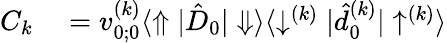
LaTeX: \begin{array}{rl}{C_{k}}&{{}=v_{0;0}^{(k)}\langle\Uparrow|\hat{D}_{0}|\Downarrow\rangle\langle\downarrow^{(k)}|\hat{d}_{0}^{(k)}|\uparrow^{(k)}\rangle}\end{array}